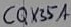
Text: CQX35A